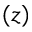
( z )